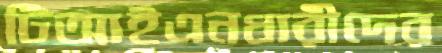
টিআইএনধারীদের